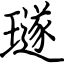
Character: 璲